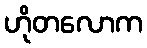
ဟိုတလောက